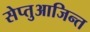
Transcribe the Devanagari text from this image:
सेप्तुआजिन्त